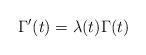
LaTeX: \begin{align*}\Gamma'(t)=\lambda(t)\Gamma(t)\end{align*}